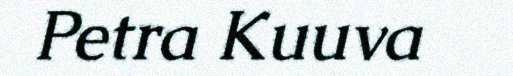
Petra Kuuva